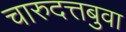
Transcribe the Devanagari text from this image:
चारुदत्तबुवा